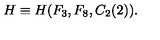
H \equiv H ( F _ { 3 } , F _ { 8 } , C _ { 2 } ( 2 ) ) .